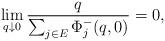
LaTeX: \begin{align*}\lim_{q\downarrow 0} \frac{q}{\sum_{j\in E}\Phi_j^-(q, 0) } = 0,\end{align*}